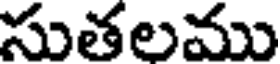
సుతలము